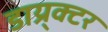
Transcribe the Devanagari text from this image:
डाय्र्क्टर